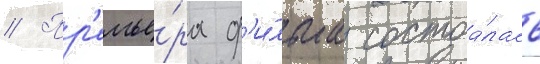
// Пр'емье́ра ф'и́льма состоа́лась